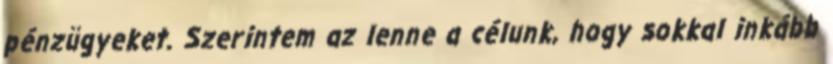
pénzügyeket. Szerintem az lenne a célunk, hogy sokkal inkább